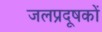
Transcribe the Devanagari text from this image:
जलप्रदूषकों